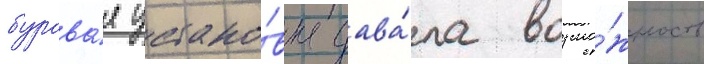
бурова́я устано́вка дава́ла возмо́жность